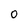
Character: 0